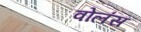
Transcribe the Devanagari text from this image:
वोलंस